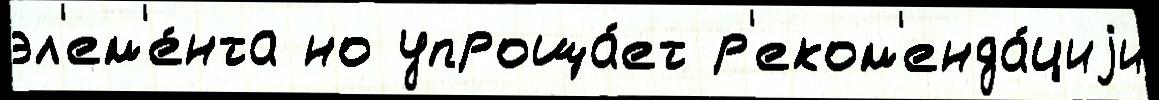
эл'ем'е́нта но упроща́ет р'еком'енда́циjи